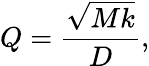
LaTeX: Q={\frac{\sqrt{Mk}}{D}},